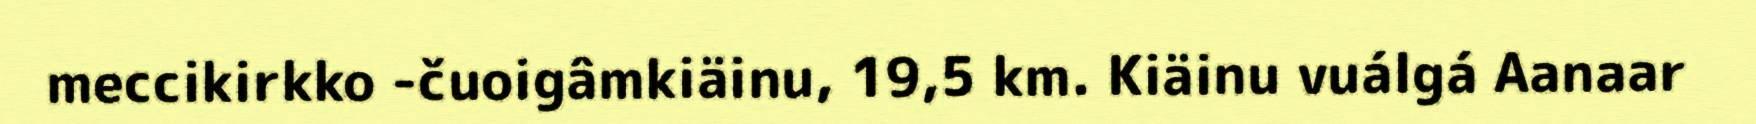
meccikirkko -čuoigâmkiäinu, 19,5 km. Kiäinu vuálgá Aanaar